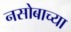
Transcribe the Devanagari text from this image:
नसोबाच्या